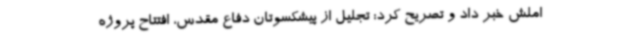
املش خبر داد و تصریح کرد: تجلیل از پیشکسوتان دفاع مقدس، افتتاح پروژه